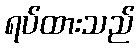
ရပ်ထားသည်